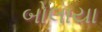
બોલાયા